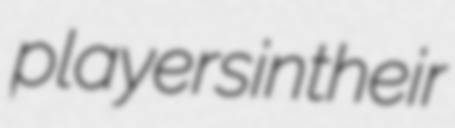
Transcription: players in their